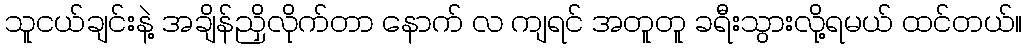
သူငယ်ချင်းနဲ့ အချိန်ညှိလိုက်တာ နောက် လ ကျရင် အတူတူ ခရီးသွားလို့ရမယ် ထင်တယ်။